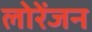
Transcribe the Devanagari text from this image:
लोरेंजन